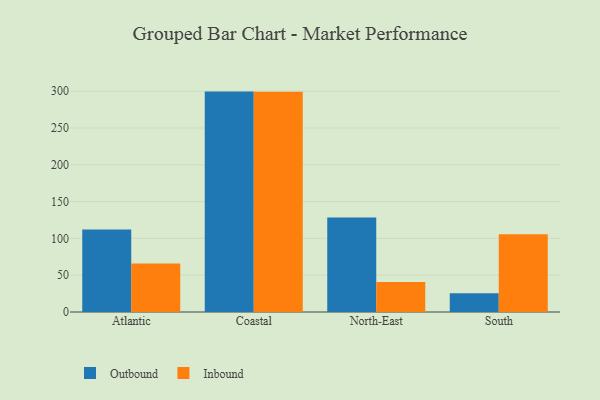
{"axis": {"x": "Region", "y": "Latency (ms)"}, "legend": ["Inbound", "Outbound"], "data": [{"x": "Atlantic", "y": 112.0, "type": "Outbound"}, {"x": "Atlantic", "y": 65.9, "type": "Inbound"}, {"x": "Coastal", "y": 299.4, "type": "Outbound"}, {"x": "Coastal", "y": 299.1, "type": "Inbound"}, {"x": "North-East", "y": 128.4, "type": "Outbound"}, {"x": "North-East", "y": 40.7, "type": "Inbound"}, {"x": "South", "y": 25.5, "type": "Outbound"}, {"x": "South", "y": 105.6, "type": "Inbound"}]}